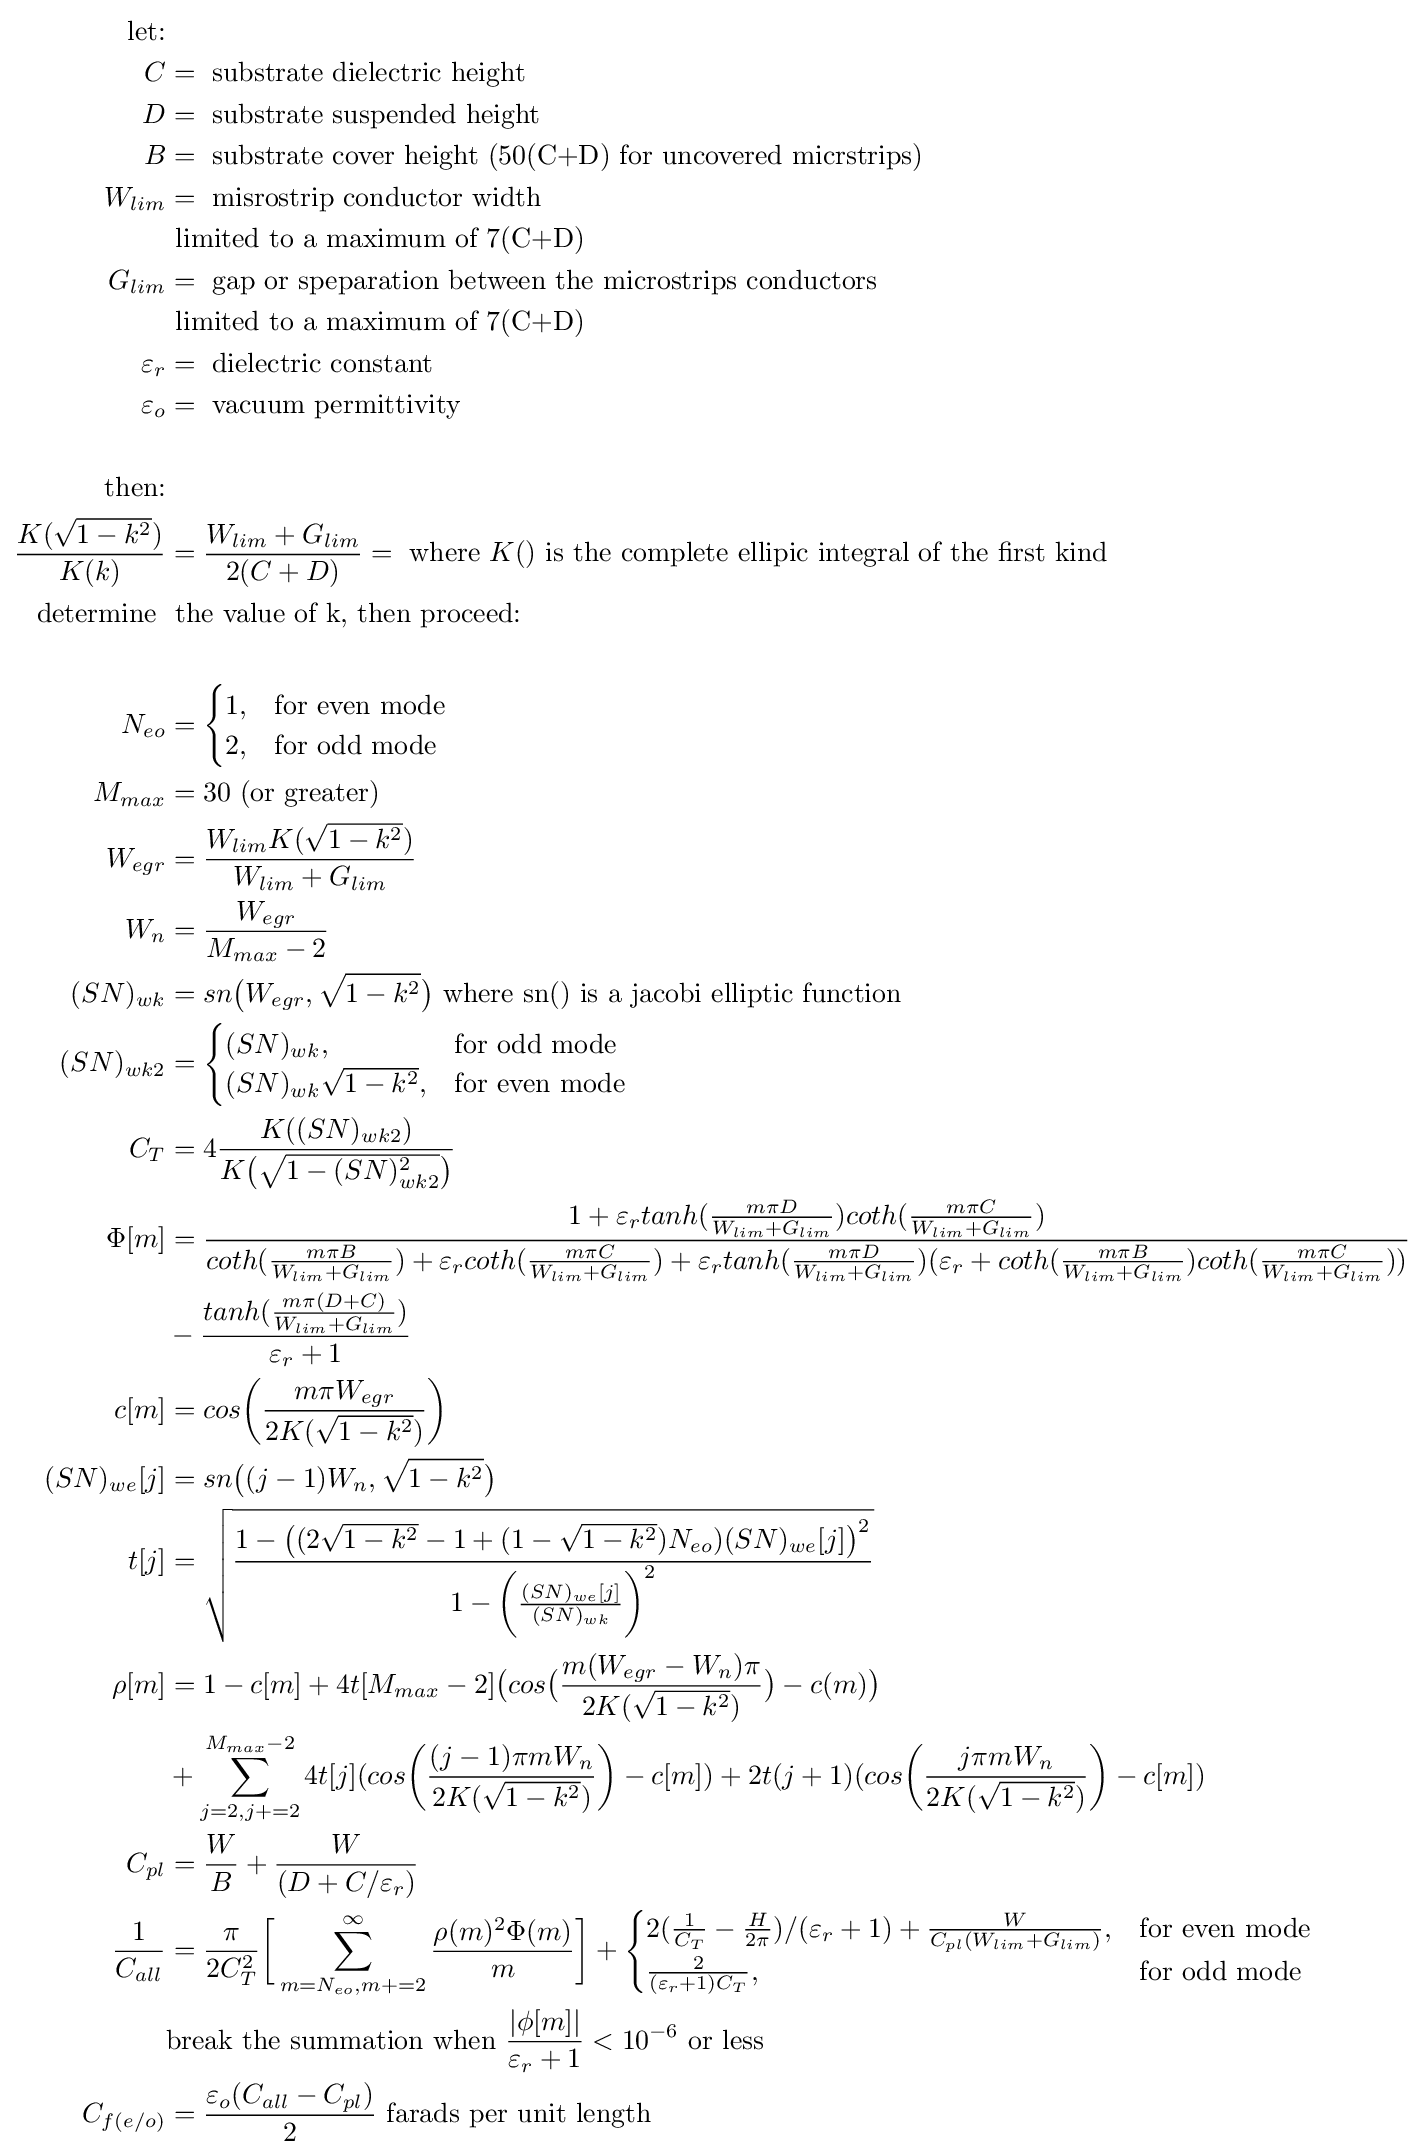
{\begin{aligned}{\text{let:}}&\\C&={\text{ substrate dielectric height}}\\D&={\text{ substrate suspended height}}\\B&={\text{ substrate cover height (50(C+D) for uncovered micrstrips)}}\\W_{lim}&={\text{ misrostrip conductor width}}\\&{\text{ limited to a maximum of 7(C+D)}}\\G_{lim}&={\text{ gap or speparation between the microstrips conductors}}\\&{\text{ limited to a maximum of 7(C+D)}}\\\varepsilon _{r}&={\text{ dielectric constant}}\\\varepsilon _{o}&={\text{ vacuum permittivity }}\\\\{\text{then:}}\\{\frac {K({\sqrt {1-k^{2}}})}{K(k)}}&={\frac {W_{lim}+G_{lim}}{2(C+D)}}={\text{ where }}K(){\text{ is the complete ellipic integral of the first kind}}\\{\text{determine }}&{\text{ the value of k, then proceed:}}\\\\N_{eo}&={\begin{cases}1,&{\text{for even mode}}\\2,&{\text{for odd mode}}\end{cases}}\\M_{max}&=30{\text{ (or greater)}}\\W_{egr}&={\frac {W_{lim}K({\sqrt {1-k^{2}}})}{W_{lim}+G_{lim}}}\\W_{n}&={\frac {W_{egr}}{M_{max}-2}}\\(SN)_{wk}&=sn{\big (}W_{egr},{\sqrt {1-k^{2}}}{\big )}{\text{ where sn() is a jacobi elliptic function}}\\(SN)_{wk2}&={\begin{cases}(SN)_{wk},&{\text{for odd mode}}\\(SN)_{wk}{\sqrt {1-k^{2}}},&{\text{for even mode}}\end{cases}}\\C_{T}&=4{\frac {K((SN)_{wk2})}{K{\big (}{\sqrt {1-(SN)_{wk2}^{2}}}{\big )}}}\\\Phi [m]&={\frac {1+\varepsilon _{r}tanh({\frac {m\pi D}{W_{lim}+G_{lim}}})coth({\frac {m\pi C}{W_{lim}+G_{lim}}})}{coth({\frac {m\pi B}{W_{lim}+G_{lim}}})+\varepsilon _{r}coth({\frac {m\pi C}{W_{lim}+G_{lim}}})+\varepsilon _{r}tanh({\frac {m\pi D}{W_{lim}+G_{lim}}})(\varepsilon _{r}+coth({\frac {m\pi B}{W_{lim}+G_{lim}}})coth({\frac {m\pi C}{W_{lim}+G_{lim}}}))}}\\&-{\frac {tanh({\frac {m\pi (D+C)}{W_{lim}+G_{lim}}})}{\varepsilon _{r}+1}}\\c[m]&=cos{\bigg (}{\frac {m\pi W_{egr}}{2K({\sqrt {1-k^{2}}})}}{\bigg )}\\(SN)_{we}[j]&=sn{\big (}(j-1)W_{n},{\sqrt {1-k^{2}}}{\big )}\\t[j]&={\sqrt {\frac {1-{\big (}(2{\sqrt {1-k^{2}}}-1+(1-{\sqrt {1-k^{2}}})N_{eo})(SN)_{we}[j]{\big )}^{2}}{1-{\bigg (}{\frac {(SN)_{we}[j]}{(SN)_{wk}}}{\bigg )}^{2}}}}\\\rho [m]&=1-c[m]+4t[M_{max}-2]{\big (}cos{\big (}{\frac {m(W_{egr}-W_{n})\pi }{2K({\sqrt {1-k^{2}}})}}{\big )}-c(m){\big )}\\&+\sum _{j=2,j+=2}^{M_{max}-2}4t[j](cos{\bigg (}{\frac {(j-1)\pi mW_{n}}{2K({\sqrt {1-k^{2}}})}}{\bigg )}-c[m])+2t(j+1)(cos{\bigg (}{\frac {j\pi mW_{n}}{2K({\sqrt {1-k^{2}}})}}{\bigg )}-c[m])\\C_{pl}&={\frac {W}{B}}+{\frac {W}{(D+C/\varepsilon _{r})}}\\{\frac {1}{C_{all}}}&={\frac {\pi }{2C_{T}^{2}}}{\bigg [}\sum _{m=N_{eo},m+=2}^{\infty }{\frac {\rho (m)^{2}\Phi (m)}{m}}{\bigg ]}+{\begin{cases}2({\frac {1}{C_{T}}}-{\frac {H}{2\pi }})/(\varepsilon _{r}+1)+{\frac {W}{C_{pl}(W_{lim}+G_{lim})}},&{\text{for even mode}}\\{\frac {2}{(\varepsilon _{r}+1)C_{T}}},&{\text{for odd mode}}\\\end{cases}}\\&{\text{break the summation when }}{\frac {|\phi [m]|}{\varepsilon _{r}+1}}<10^{-6}{\text{ or less}}\\C_{f(e/o)}&={\frac {\varepsilon _{o}(C_{all}-C_{pl})}{2}}{\text{ farads per unit length }}\\\end{aligned}}